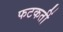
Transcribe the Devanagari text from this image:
फटकतीं